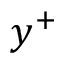
y ^ { + }